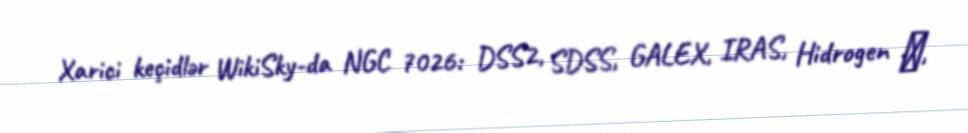
Xarici keçidlər WikiSky-da NGC 7026: DSS2, SDSS, GALEX, IRAS, Hidrogen α,